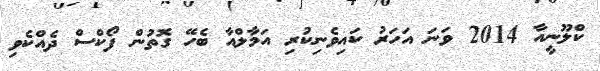
ކްލޫނީއާ 2014 ވަނަ އަހަރު ކައިވެނިކުރި އަމާލްއާ ބެހޭ ގޮތުން ފޯކްސް ދެއްކެވި